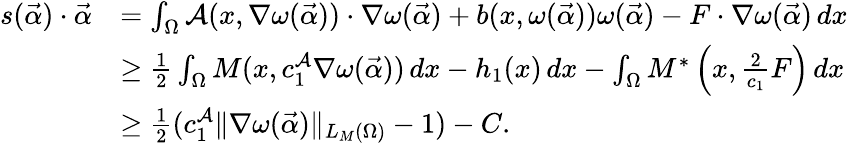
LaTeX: \begin{array}{rl}{s(\vec{\alpha})\cdot\vec{\alpha}}&{=\int_{\Omega}{\mathcal{A}}(x,\nabla\omega(\vec{\alpha}))\cdot\nabla\omega(\vec{\alpha})+b(x,\omega(\vec{\alpha}))\omega(\vec{\alpha})-F\cdot\nabla\omega(\vec{\alpha})\, dx}\\ &{\geq\frac{1}{2}\int_{\Omega}M(x,c_{1}^{\mathcal{A}}\nabla\omega(\vec{\alpha}))\, dx-h_{1}(x)\, dx-\int_{\Omega}M^{\ast}\left(x,\frac{2}{c_{1}}F\right)\, dx}\\ &{\geq\frac{1}{2}(c_{1}^{\mathcal{A}}\| \nabla\omega(\vec{\alpha})\| _{L_{M}(\Omega)}-1)-C.}\end{array}